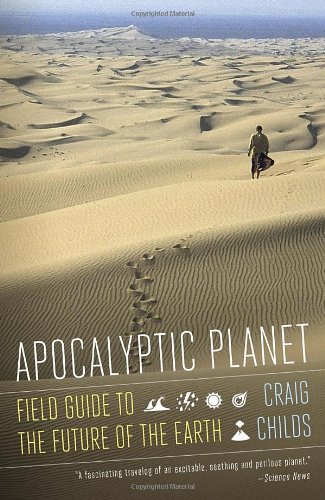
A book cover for Apocalyptic Planet: A Field Guide to the Future of the Earth; Craig Childs; Science & Math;